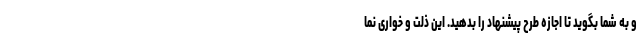
و به شما بگوید تا اجازه طرح پیشنهاد را بدهید. این ذلت و خواری نما